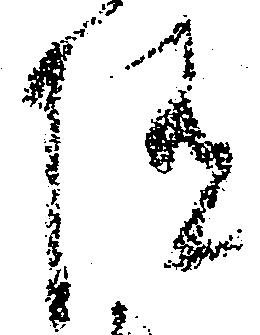
随